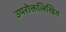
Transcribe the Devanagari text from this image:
उपरोक्तलिखित